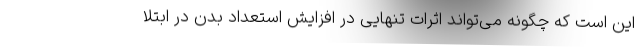
این است که چگونه می‌تواند اثرات تنهایی در افزایش استعداد بدن در ابتلا